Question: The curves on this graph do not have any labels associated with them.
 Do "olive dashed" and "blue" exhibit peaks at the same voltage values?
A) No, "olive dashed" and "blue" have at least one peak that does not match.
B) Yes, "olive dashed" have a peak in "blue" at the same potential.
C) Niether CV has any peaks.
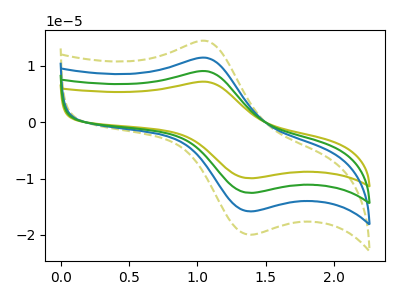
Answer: <think>The olive curve "olive" has an anodic peak at (1.05V, 34.30uA) and a cathodic peak at (1.40V, -47.45uA). The olive dashed curve "olive dashed" has an anodic peak at (1.05V, 14.40uA) and a cathodic peak at (1.40V, -19.95uA). The blue curve "blue" has an anodic peak at (1.05V, 11.45uA) and a cathodic peak at (1.40V, -15.80uA). The green curve "green" has an anodic peak at (1.05V, 22.85uA) and a cathodic peak at (1.40V, -31.65uA).</think>
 <answer>B) Yes, "olive dashed" have a peak in "blue" at the same potential.</answer>
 <eval>B</eval>